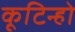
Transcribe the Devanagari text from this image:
कूटिन्हो